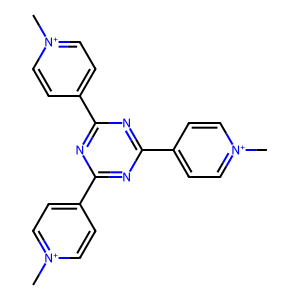
SMILES: C[n+]1ccc(-c2nc(-c3cc[n+](C)cc3)nc(-c3cc[n+](C)cc3)n2)cc1
Inhibits HIV replication: No